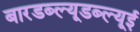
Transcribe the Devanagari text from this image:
बारडब्ल्यूडब्ल्यूई